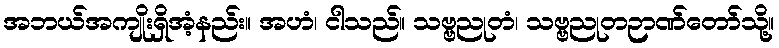
အဘယ်အကျိုးရှိအံ့နည်း။ အဟံ၊ ငါသည်။ သဗ္ဗညုတံ၊ သဗ္ဗညုတဉာဏ်တော်သို့။